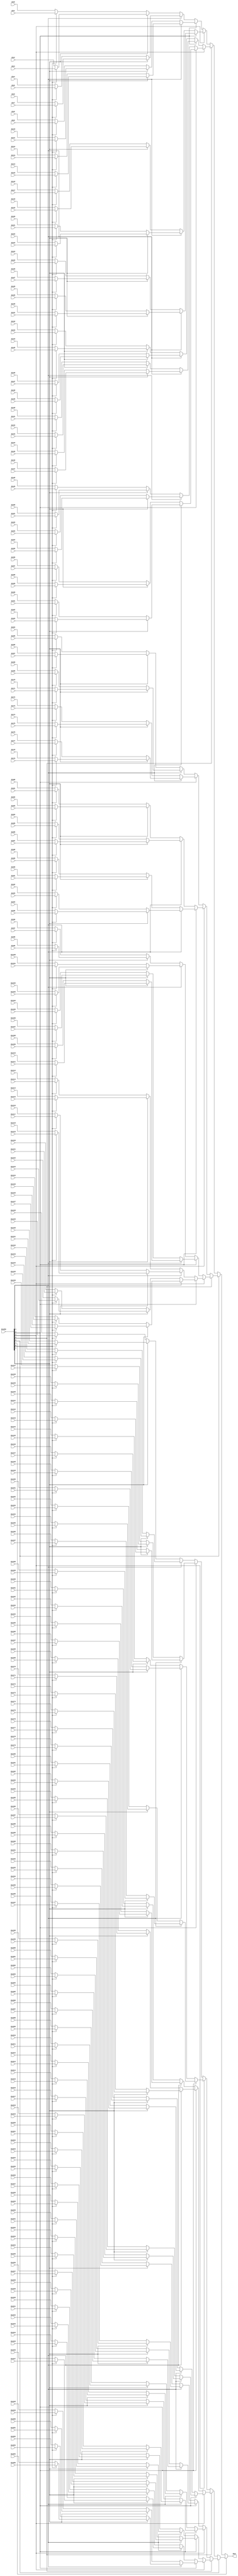
// ==============================================================
// File generated by Vivado(TM) HLS - High-Level Synthesis from C, C++ and SystemC
// Version: 2018.2
// Copyright (C) 1986-2018 Xilinx, Inc. All Rights Reserved.
// 
// ==============================================================


`timescale 1ns/1ps

module myproject_mux_2568_49_1_1 #(
parameter
    ID                = 0,
    NUM_STAGE         = 1,
    din0_WIDTH       = 32,
    din1_WIDTH       = 32,
    din2_WIDTH       = 32,
    din3_WIDTH       = 32,
    din4_WIDTH       = 32,
    din5_WIDTH       = 32,
    din6_WIDTH       = 32,
    din7_WIDTH       = 32,
    din8_WIDTH       = 32,
    din9_WIDTH       = 32,
    din10_WIDTH       = 32,
    din11_WIDTH       = 32,
    din12_WIDTH       = 32,
    din13_WIDTH       = 32,
    din14_WIDTH       = 32,
    din15_WIDTH       = 32,
    din16_WIDTH       = 32,
    din17_WIDTH       = 32,
    din18_WIDTH       = 32,
    din19_WIDTH       = 32,
    din20_WIDTH       = 32,
    din21_WIDTH       = 32,
    din22_WIDTH       = 32,
    din23_WIDTH       = 32,
    din24_WIDTH       = 32,
    din25_WIDTH       = 32,
    din26_WIDTH       = 32,
    din27_WIDTH       = 32,
    din28_WIDTH       = 32,
    din29_WIDTH       = 32,
    din30_WIDTH       = 32,
    din31_WIDTH       = 32,
    din32_WIDTH       = 32,
    din33_WIDTH       = 32,
    din34_WIDTH       = 32,
    din35_WIDTH       = 32,
    din36_WIDTH       = 32,
    din37_WIDTH       = 32,
    din38_WIDTH       = 32,
    din39_WIDTH       = 32,
    din40_WIDTH       = 32,
    din41_WIDTH       = 32,
    din42_WIDTH       = 32,
    din43_WIDTH       = 32,
    din44_WIDTH       = 32,
    din45_WIDTH       = 32,
    din46_WIDTH       = 32,
    din47_WIDTH       = 32,
    din48_WIDTH       = 32,
    din49_WIDTH       = 32,
    din50_WIDTH       = 32,
    din51_WIDTH       = 32,
    din52_WIDTH       = 32,
    din53_WIDTH       = 32,
    din54_WIDTH       = 32,
    din55_WIDTH       = 32,
    din56_WIDTH       = 32,
    din57_WIDTH       = 32,
    din58_WIDTH       = 32,
    din59_WIDTH       = 32,
    din60_WIDTH       = 32,
    din61_WIDTH       = 32,
    din62_WIDTH       = 32,
    din63_WIDTH       = 32,
    din64_WIDTH       = 32,
    din65_WIDTH       = 32,
    din66_WIDTH       = 32,
    din67_WIDTH       = 32,
    din68_WIDTH       = 32,
    din69_WIDTH       = 32,
    din70_WIDTH       = 32,
    din71_WIDTH       = 32,
    din72_WIDTH       = 32,
    din73_WIDTH       = 32,
    din74_WIDTH       = 32,
    din75_WIDTH       = 32,
    din76_WIDTH       = 32,
    din77_WIDTH       = 32,
    din78_WIDTH       = 32,
    din79_WIDTH       = 32,
    din80_WIDTH       = 32,
    din81_WIDTH       = 32,
    din82_WIDTH       = 32,
    din83_WIDTH       = 32,
    din84_WIDTH       = 32,
    din85_WIDTH       = 32,
    din86_WIDTH       = 32,
    din87_WIDTH       = 32,
    din88_WIDTH       = 32,
    din89_WIDTH       = 32,
    din90_WIDTH       = 32,
    din91_WIDTH       = 32,
    din92_WIDTH       = 32,
    din93_WIDTH       = 32,
    din94_WIDTH       = 32,
    din95_WIDTH       = 32,
    din96_WIDTH       = 32,
    din97_WIDTH       = 32,
    din98_WIDTH       = 32,
    din99_WIDTH       = 32,
    din100_WIDTH       = 32,
    din101_WIDTH       = 32,
    din102_WIDTH       = 32,
    din103_WIDTH       = 32,
    din104_WIDTH       = 32,
    din105_WIDTH       = 32,
    din106_WIDTH       = 32,
    din107_WIDTH       = 32,
    din108_WIDTH       = 32,
    din109_WIDTH       = 32,
    din110_WIDTH       = 32,
    din111_WIDTH       = 32,
    din112_WIDTH       = 32,
    din113_WIDTH       = 32,
    din114_WIDTH       = 32,
    din115_WIDTH       = 32,
    din116_WIDTH       = 32,
    din117_WIDTH       = 32,
    din118_WIDTH       = 32,
    din119_WIDTH       = 32,
    din120_WIDTH       = 32,
    din121_WIDTH       = 32,
    din122_WIDTH       = 32,
    din123_WIDTH       = 32,
    din124_WIDTH       = 32,
    din125_WIDTH       = 32,
    din126_WIDTH       = 32,
    din127_WIDTH       = 32,
    din128_WIDTH       = 32,
    din129_WIDTH       = 32,
    din130_WIDTH       = 32,
    din131_WIDTH       = 32,
    din132_WIDTH       = 32,
    din133_WIDTH       = 32,
    din134_WIDTH       = 32,
    din135_WIDTH       = 32,
    din136_WIDTH       = 32,
    din137_WIDTH       = 32,
    din138_WIDTH       = 32,
    din139_WIDTH       = 32,
    din140_WIDTH       = 32,
    din141_WIDTH       = 32,
    din142_WIDTH       = 32,
    din143_WIDTH       = 32,
    din144_WIDTH       = 32,
    din145_WIDTH       = 32,
    din146_WIDTH       = 32,
    din147_WIDTH       = 32,
    din148_WIDTH       = 32,
    din149_WIDTH       = 32,
    din150_WIDTH       = 32,
    din151_WIDTH       = 32,
    din152_WIDTH       = 32,
    din153_WIDTH       = 32,
    din154_WIDTH       = 32,
    din155_WIDTH       = 32,
    din156_WIDTH       = 32,
    din157_WIDTH       = 32,
    din158_WIDTH       = 32,
    din159_WIDTH       = 32,
    din160_WIDTH       = 32,
    din161_WIDTH       = 32,
    din162_WIDTH       = 32,
    din163_WIDTH       = 32,
    din164_WIDTH       = 32,
    din165_WIDTH       = 32,
    din166_WIDTH       = 32,
    din167_WIDTH       = 32,
    din168_WIDTH       = 32,
    din169_WIDTH       = 32,
    din170_WIDTH       = 32,
    din171_WIDTH       = 32,
    din172_WIDTH       = 32,
    din173_WIDTH       = 32,
    din174_WIDTH       = 32,
    din175_WIDTH       = 32,
    din176_WIDTH       = 32,
    din177_WIDTH       = 32,
    din178_WIDTH       = 32,
    din179_WIDTH       = 32,
    din180_WIDTH       = 32,
    din181_WIDTH       = 32,
    din182_WIDTH       = 32,
    din183_WIDTH       = 32,
    din184_WIDTH       = 32,
    din185_WIDTH       = 32,
    din186_WIDTH       = 32,
    din187_WIDTH       = 32,
    din188_WIDTH       = 32,
    din189_WIDTH       = 32,
    din190_WIDTH       = 32,
    din191_WIDTH       = 32,
    din192_WIDTH       = 32,
    din193_WIDTH       = 32,
    din194_WIDTH       = 32,
    din195_WIDTH       = 32,
    din196_WIDTH       = 32,
    din197_WIDTH       = 32,
    din198_WIDTH       = 32,
    din199_WIDTH       = 32,
    din200_WIDTH       = 32,
    din201_WIDTH       = 32,
    din202_WIDTH       = 32,
    din203_WIDTH       = 32,
    din204_WIDTH       = 32,
    din205_WIDTH       = 32,
    din206_WIDTH       = 32,
    din207_WIDTH       = 32,
    din208_WIDTH       = 32,
    din209_WIDTH       = 32,
    din210_WIDTH       = 32,
    din211_WIDTH       = 32,
    din212_WIDTH       = 32,
    din213_WIDTH       = 32,
    din214_WIDTH       = 32,
    din215_WIDTH       = 32,
    din216_WIDTH       = 32,
    din217_WIDTH       = 32,
    din218_WIDTH       = 32,
    din219_WIDTH       = 32,
    din220_WIDTH       = 32,
    din221_WIDTH       = 32,
    din222_WIDTH       = 32,
    din223_WIDTH       = 32,
    din224_WIDTH       = 32,
    din225_WIDTH       = 32,
    din226_WIDTH       = 32,
    din227_WIDTH       = 32,
    din228_WIDTH       = 32,
    din229_WIDTH       = 32,
    din230_WIDTH       = 32,
    din231_WIDTH       = 32,
    din232_WIDTH       = 32,
    din233_WIDTH       = 32,
    din234_WIDTH       = 32,
    din235_WIDTH       = 32,
    din236_WIDTH       = 32,
    din237_WIDTH       = 32,
    din238_WIDTH       = 32,
    din239_WIDTH       = 32,
    din240_WIDTH       = 32,
    din241_WIDTH       = 32,
    din242_WIDTH       = 32,
    din243_WIDTH       = 32,
    din244_WIDTH       = 32,
    din245_WIDTH       = 32,
    din246_WIDTH       = 32,
    din247_WIDTH       = 32,
    din248_WIDTH       = 32,
    din249_WIDTH       = 32,
    din250_WIDTH       = 32,
    din251_WIDTH       = 32,
    din252_WIDTH       = 32,
    din253_WIDTH       = 32,
    din254_WIDTH       = 32,
    din255_WIDTH       = 32,
    din256_WIDTH         = 32,
    dout_WIDTH            = 32
)(
    input  [48 : 0]     din0,
    input  [48 : 0]     din1,
    input  [48 : 0]     din2,
    input  [48 : 0]     din3,
    input  [48 : 0]     din4,
    input  [48 : 0]     din5,
    input  [48 : 0]     din6,
    input  [48 : 0]     din7,
    input  [48 : 0]     din8,
    input  [48 : 0]     din9,
    input  [48 : 0]     din10,
    input  [48 : 0]     din11,
    input  [48 : 0]     din12,
    input  [48 : 0]     din13,
    input  [48 : 0]     din14,
    input  [48 : 0]     din15,
    input  [48 : 0]     din16,
    input  [48 : 0]     din17,
    input  [48 : 0]     din18,
    input  [48 : 0]     din19,
    input  [48 : 0]     din20,
    input  [48 : 0]     din21,
    input  [48 : 0]     din22,
    input  [48 : 0]     din23,
    input  [48 : 0]     din24,
    input  [48 : 0]     din25,
    input  [48 : 0]     din26,
    input  [48 : 0]     din27,
    input  [48 : 0]     din28,
    input  [48 : 0]     din29,
    input  [48 : 0]     din30,
    input  [48 : 0]     din31,
    input  [48 : 0]     din32,
    input  [48 : 0]     din33,
    input  [48 : 0]     din34,
    input  [48 : 0]     din35,
    input  [48 : 0]     din36,
    input  [48 : 0]     din37,
    input  [48 : 0]     din38,
    input  [48 : 0]     din39,
    input  [48 : 0]     din40,
    input  [48 : 0]     din41,
    input  [48 : 0]     din42,
    input  [48 : 0]     din43,
    input  [48 : 0]     din44,
    input  [48 : 0]     din45,
    input  [48 : 0]     din46,
    input  [48 : 0]     din47,
    input  [48 : 0]     din48,
    input  [48 : 0]     din49,
    input  [48 : 0]     din50,
    input  [48 : 0]     din51,
    input  [48 : 0]     din52,
    input  [48 : 0]     din53,
    input  [48 : 0]     din54,
    input  [48 : 0]     din55,
    input  [48 : 0]     din56,
    input  [48 : 0]     din57,
    input  [48 : 0]     din58,
    input  [48 : 0]     din59,
    input  [48 : 0]     din60,
    input  [48 : 0]     din61,
    input  [48 : 0]     din62,
    input  [48 : 0]     din63,
    input  [48 : 0]     din64,
    input  [48 : 0]     din65,
    input  [48 : 0]     din66,
    input  [48 : 0]     din67,
    input  [48 : 0]     din68,
    input  [48 : 0]     din69,
    input  [48 : 0]     din70,
    input  [48 : 0]     din71,
    input  [48 : 0]     din72,
    input  [48 : 0]     din73,
    input  [48 : 0]     din74,
    input  [48 : 0]     din75,
    input  [48 : 0]     din76,
    input  [48 : 0]     din77,
    input  [48 : 0]     din78,
    input  [48 : 0]     din79,
    input  [48 : 0]     din80,
    input  [48 : 0]     din81,
    input  [48 : 0]     din82,
    input  [48 : 0]     din83,
    input  [48 : 0]     din84,
    input  [48 : 0]     din85,
    input  [48 : 0]     din86,
    input  [48 : 0]     din87,
    input  [48 : 0]     din88,
    input  [48 : 0]     din89,
    input  [48 : 0]     din90,
    input  [48 : 0]     din91,
    input  [48 : 0]     din92,
    input  [48 : 0]     din93,
    input  [48 : 0]     din94,
    input  [48 : 0]     din95,
    input  [48 : 0]     din96,
    input  [48 : 0]     din97,
    input  [48 : 0]     din98,
    input  [48 : 0]     din99,
    input  [48 : 0]     din100,
    input  [48 : 0]     din101,
    input  [48 : 0]     din102,
    input  [48 : 0]     din103,
    input  [48 : 0]     din104,
    input  [48 : 0]     din105,
    input  [48 : 0]     din106,
    input  [48 : 0]     din107,
    input  [48 : 0]     din108,
    input  [48 : 0]     din109,
    input  [48 : 0]     din110,
    input  [48 : 0]     din111,
    input  [48 : 0]     din112,
    input  [48 : 0]     din113,
    input  [48 : 0]     din114,
    input  [48 : 0]     din115,
    input  [48 : 0]     din116,
    input  [48 : 0]     din117,
    input  [48 : 0]     din118,
    input  [48 : 0]     din119,
    input  [48 : 0]     din120,
    input  [48 : 0]     din121,
    input  [48 : 0]     din122,
    input  [48 : 0]     din123,
    input  [48 : 0]     din124,
    input  [48 : 0]     din125,
    input  [48 : 0]     din126,
    input  [48 : 0]     din127,
    input  [48 : 0]     din128,
    input  [48 : 0]     din129,
    input  [48 : 0]     din130,
    input  [48 : 0]     din131,
    input  [48 : 0]     din132,
    input  [48 : 0]     din133,
    input  [48 : 0]     din134,
    input  [48 : 0]     din135,
    input  [48 : 0]     din136,
    input  [48 : 0]     din137,
    input  [48 : 0]     din138,
    input  [48 : 0]     din139,
    input  [48 : 0]     din140,
    input  [48 : 0]     din141,
    input  [48 : 0]     din142,
    input  [48 : 0]     din143,
    input  [48 : 0]     din144,
    input  [48 : 0]     din145,
    input  [48 : 0]     din146,
    input  [48 : 0]     din147,
    input  [48 : 0]     din148,
    input  [48 : 0]     din149,
    input  [48 : 0]     din150,
    input  [48 : 0]     din151,
    input  [48 : 0]     din152,
    input  [48 : 0]     din153,
    input  [48 : 0]     din154,
    input  [48 : 0]     din155,
    input  [48 : 0]     din156,
    input  [48 : 0]     din157,
    input  [48 : 0]     din158,
    input  [48 : 0]     din159,
    input  [48 : 0]     din160,
    input  [48 : 0]     din161,
    input  [48 : 0]     din162,
    input  [48 : 0]     din163,
    input  [48 : 0]     din164,
    input  [48 : 0]     din165,
    input  [48 : 0]     din166,
    input  [48 : 0]     din167,
    input  [48 : 0]     din168,
    input  [48 : 0]     din169,
    input  [48 : 0]     din170,
    input  [48 : 0]     din171,
    input  [48 : 0]     din172,
    input  [48 : 0]     din173,
    input  [48 : 0]     din174,
    input  [48 : 0]     din175,
    input  [48 : 0]     din176,
    input  [48 : 0]     din177,
    input  [48 : 0]     din178,
    input  [48 : 0]     din179,
    input  [48 : 0]     din180,
    input  [48 : 0]     din181,
    input  [48 : 0]     din182,
    input  [48 : 0]     din183,
    input  [48 : 0]     din184,
    input  [48 : 0]     din185,
    input  [48 : 0]     din186,
    input  [48 : 0]     din187,
    input  [48 : 0]     din188,
    input  [48 : 0]     din189,
    input  [48 : 0]     din190,
    input  [48 : 0]     din191,
    input  [48 : 0]     din192,
    input  [48 : 0]     din193,
    input  [48 : 0]     din194,
    input  [48 : 0]     din195,
    input  [48 : 0]     din196,
    input  [48 : 0]     din197,
    input  [48 : 0]     din198,
    input  [48 : 0]     din199,
    input  [48 : 0]     din200,
    input  [48 : 0]     din201,
    input  [48 : 0]     din202,
    input  [48 : 0]     din203,
    input  [48 : 0]     din204,
    input  [48 : 0]     din205,
    input  [48 : 0]     din206,
    input  [48 : 0]     din207,
    input  [48 : 0]     din208,
    input  [48 : 0]     din209,
    input  [48 : 0]     din210,
    input  [48 : 0]     din211,
    input  [48 : 0]     din212,
    input  [48 : 0]     din213,
    input  [48 : 0]     din214,
    input  [48 : 0]     din215,
    input  [48 : 0]     din216,
    input  [48 : 0]     din217,
    input  [48 : 0]     din218,
    input  [48 : 0]     din219,
    input  [48 : 0]     din220,
    input  [48 : 0]     din221,
    input  [48 : 0]     din222,
    input  [48 : 0]     din223,
    input  [48 : 0]     din224,
    input  [48 : 0]     din225,
    input  [48 : 0]     din226,
    input  [48 : 0]     din227,
    input  [48 : 0]     din228,
    input  [48 : 0]     din229,
    input  [48 : 0]     din230,
    input  [48 : 0]     din231,
    input  [48 : 0]     din232,
    input  [48 : 0]     din233,
    input  [48 : 0]     din234,
    input  [48 : 0]     din235,
    input  [48 : 0]     din236,
    input  [48 : 0]     din237,
    input  [48 : 0]     din238,
    input  [48 : 0]     din239,
    input  [48 : 0]     din240,
    input  [48 : 0]     din241,
    input  [48 : 0]     din242,
    input  [48 : 0]     din243,
    input  [48 : 0]     din244,
    input  [48 : 0]     din245,
    input  [48 : 0]     din246,
    input  [48 : 0]     din247,
    input  [48 : 0]     din248,
    input  [48 : 0]     din249,
    input  [48 : 0]     din250,
    input  [48 : 0]     din251,
    input  [48 : 0]     din252,
    input  [48 : 0]     din253,
    input  [48 : 0]     din254,
    input  [48 : 0]     din255,
    input  [7 : 0]    din256,
    output [48 : 0]   dout);

// puts internal signals
wire [7 : 0]     sel;
// level 1 signals
wire [48 : 0]         mux_1_0;
wire [48 : 0]         mux_1_1;
wire [48 : 0]         mux_1_2;
wire [48 : 0]         mux_1_3;
wire [48 : 0]         mux_1_4;
wire [48 : 0]         mux_1_5;
wire [48 : 0]         mux_1_6;
wire [48 : 0]         mux_1_7;
wire [48 : 0]         mux_1_8;
wire [48 : 0]         mux_1_9;
wire [48 : 0]         mux_1_10;
wire [48 : 0]         mux_1_11;
wire [48 : 0]         mux_1_12;
wire [48 : 0]         mux_1_13;
wire [48 : 0]         mux_1_14;
wire [48 : 0]         mux_1_15;
wire [48 : 0]         mux_1_16;
wire [48 : 0]         mux_1_17;
wire [48 : 0]         mux_1_18;
wire [48 : 0]         mux_1_19;
wire [48 : 0]         mux_1_20;
wire [48 : 0]         mux_1_21;
wire [48 : 0]         mux_1_22;
wire [48 : 0]         mux_1_23;
wire [48 : 0]         mux_1_24;
wire [48 : 0]         mux_1_25;
wire [48 : 0]         mux_1_26;
wire [48 : 0]         mux_1_27;
wire [48 : 0]         mux_1_28;
wire [48 : 0]         mux_1_29;
wire [48 : 0]         mux_1_30;
wire [48 : 0]         mux_1_31;
wire [48 : 0]         mux_1_32;
wire [48 : 0]         mux_1_33;
wire [48 : 0]         mux_1_34;
wire [48 : 0]         mux_1_35;
wire [48 : 0]         mux_1_36;
wire [48 : 0]         mux_1_37;
wire [48 : 0]         mux_1_38;
wire [48 : 0]         mux_1_39;
wire [48 : 0]         mux_1_40;
wire [48 : 0]         mux_1_41;
wire [48 : 0]         mux_1_42;
wire [48 : 0]         mux_1_43;
wire [48 : 0]         mux_1_44;
wire [48 : 0]         mux_1_45;
wire [48 : 0]         mux_1_46;
wire [48 : 0]         mux_1_47;
wire [48 : 0]         mux_1_48;
wire [48 : 0]         mux_1_49;
wire [48 : 0]         mux_1_50;
wire [48 : 0]         mux_1_51;
wire [48 : 0]         mux_1_52;
wire [48 : 0]         mux_1_53;
wire [48 : 0]         mux_1_54;
wire [48 : 0]         mux_1_55;
wire [48 : 0]         mux_1_56;
wire [48 : 0]         mux_1_57;
wire [48 : 0]         mux_1_58;
wire [48 : 0]         mux_1_59;
wire [48 : 0]         mux_1_60;
wire [48 : 0]         mux_1_61;
wire [48 : 0]         mux_1_62;
wire [48 : 0]         mux_1_63;
wire [48 : 0]         mux_1_64;
wire [48 : 0]         mux_1_65;
wire [48 : 0]         mux_1_66;
wire [48 : 0]         mux_1_67;
wire [48 : 0]         mux_1_68;
wire [48 : 0]         mux_1_69;
wire [48 : 0]         mux_1_70;
wire [48 : 0]         mux_1_71;
wire [48 : 0]         mux_1_72;
wire [48 : 0]         mux_1_73;
wire [48 : 0]         mux_1_74;
wire [48 : 0]         mux_1_75;
wire [48 : 0]         mux_1_76;
wire [48 : 0]         mux_1_77;
wire [48 : 0]         mux_1_78;
wire [48 : 0]         mux_1_79;
wire [48 : 0]         mux_1_80;
wire [48 : 0]         mux_1_81;
wire [48 : 0]         mux_1_82;
wire [48 : 0]         mux_1_83;
wire [48 : 0]         mux_1_84;
wire [48 : 0]         mux_1_85;
wire [48 : 0]         mux_1_86;
wire [48 : 0]         mux_1_87;
wire [48 : 0]         mux_1_88;
wire [48 : 0]         mux_1_89;
wire [48 : 0]         mux_1_90;
wire [48 : 0]         mux_1_91;
wire [48 : 0]         mux_1_92;
wire [48 : 0]         mux_1_93;
wire [48 : 0]         mux_1_94;
wire [48 : 0]         mux_1_95;
wire [48 : 0]         mux_1_96;
wire [48 : 0]         mux_1_97;
wire [48 : 0]         mux_1_98;
wire [48 : 0]         mux_1_99;
wire [48 : 0]         mux_1_100;
wire [48 : 0]         mux_1_101;
wire [48 : 0]         mux_1_102;
wire [48 : 0]         mux_1_103;
wire [48 : 0]         mux_1_104;
wire [48 : 0]         mux_1_105;
wire [48 : 0]         mux_1_106;
wire [48 : 0]         mux_1_107;
wire [48 : 0]         mux_1_108;
wire [48 : 0]         mux_1_109;
wire [48 : 0]         mux_1_110;
wire [48 : 0]         mux_1_111;
wire [48 : 0]         mux_1_112;
wire [48 : 0]         mux_1_113;
wire [48 : 0]         mux_1_114;
wire [48 : 0]         mux_1_115;
wire [48 : 0]         mux_1_116;
wire [48 : 0]         mux_1_117;
wire [48 : 0]         mux_1_118;
wire [48 : 0]         mux_1_119;
wire [48 : 0]         mux_1_120;
wire [48 : 0]         mux_1_121;
wire [48 : 0]         mux_1_122;
wire [48 : 0]         mux_1_123;
wire [48 : 0]         mux_1_124;
wire [48 : 0]         mux_1_125;
wire [48 : 0]         mux_1_126;
wire [48 : 0]         mux_1_127;
// level 2 signals
wire [48 : 0]         mux_2_0;
wire [48 : 0]         mux_2_1;
wire [48 : 0]         mux_2_2;
wire [48 : 0]         mux_2_3;
wire [48 : 0]         mux_2_4;
wire [48 : 0]         mux_2_5;
wire [48 : 0]         mux_2_6;
wire [48 : 0]         mux_2_7;
wire [48 : 0]         mux_2_8;
wire [48 : 0]         mux_2_9;
wire [48 : 0]         mux_2_10;
wire [48 : 0]         mux_2_11;
wire [48 : 0]         mux_2_12;
wire [48 : 0]         mux_2_13;
wire [48 : 0]         mux_2_14;
wire [48 : 0]         mux_2_15;
wire [48 : 0]         mux_2_16;
wire [48 : 0]         mux_2_17;
wire [48 : 0]         mux_2_18;
wire [48 : 0]         mux_2_19;
wire [48 : 0]         mux_2_20;
wire [48 : 0]         mux_2_21;
wire [48 : 0]         mux_2_22;
wire [48 : 0]         mux_2_23;
wire [48 : 0]         mux_2_24;
wire [48 : 0]         mux_2_25;
wire [48 : 0]         mux_2_26;
wire [48 : 0]         mux_2_27;
wire [48 : 0]         mux_2_28;
wire [48 : 0]         mux_2_29;
wire [48 : 0]         mux_2_30;
wire [48 : 0]         mux_2_31;
wire [48 : 0]         mux_2_32;
wire [48 : 0]         mux_2_33;
wire [48 : 0]         mux_2_34;
wire [48 : 0]         mux_2_35;
wire [48 : 0]         mux_2_36;
wire [48 : 0]         mux_2_37;
wire [48 : 0]         mux_2_38;
wire [48 : 0]         mux_2_39;
wire [48 : 0]         mux_2_40;
wire [48 : 0]         mux_2_41;
wire [48 : 0]         mux_2_42;
wire [48 : 0]         mux_2_43;
wire [48 : 0]         mux_2_44;
wire [48 : 0]         mux_2_45;
wire [48 : 0]         mux_2_46;
wire [48 : 0]         mux_2_47;
wire [48 : 0]         mux_2_48;
wire [48 : 0]         mux_2_49;
wire [48 : 0]         mux_2_50;
wire [48 : 0]         mux_2_51;
wire [48 : 0]         mux_2_52;
wire [48 : 0]         mux_2_53;
wire [48 : 0]         mux_2_54;
wire [48 : 0]         mux_2_55;
wire [48 : 0]         mux_2_56;
wire [48 : 0]         mux_2_57;
wire [48 : 0]         mux_2_58;
wire [48 : 0]         mux_2_59;
wire [48 : 0]         mux_2_60;
wire [48 : 0]         mux_2_61;
wire [48 : 0]         mux_2_62;
wire [48 : 0]         mux_2_63;
// level 3 signals
wire [48 : 0]         mux_3_0;
wire [48 : 0]         mux_3_1;
wire [48 : 0]         mux_3_2;
wire [48 : 0]         mux_3_3;
wire [48 : 0]         mux_3_4;
wire [48 : 0]         mux_3_5;
wire [48 : 0]         mux_3_6;
wire [48 : 0]         mux_3_7;
wire [48 : 0]         mux_3_8;
wire [48 : 0]         mux_3_9;
wire [48 : 0]         mux_3_10;
wire [48 : 0]         mux_3_11;
wire [48 : 0]         mux_3_12;
wire [48 : 0]         mux_3_13;
wire [48 : 0]         mux_3_14;
wire [48 : 0]         mux_3_15;
wire [48 : 0]         mux_3_16;
wire [48 : 0]         mux_3_17;
wire [48 : 0]         mux_3_18;
wire [48 : 0]         mux_3_19;
wire [48 : 0]         mux_3_20;
wire [48 : 0]         mux_3_21;
wire [48 : 0]         mux_3_22;
wire [48 : 0]         mux_3_23;
wire [48 : 0]         mux_3_24;
wire [48 : 0]         mux_3_25;
wire [48 : 0]         mux_3_26;
wire [48 : 0]         mux_3_27;
wire [48 : 0]         mux_3_28;
wire [48 : 0]         mux_3_29;
wire [48 : 0]         mux_3_30;
wire [48 : 0]         mux_3_31;
// level 4 signals
wire [48 : 0]         mux_4_0;
wire [48 : 0]         mux_4_1;
wire [48 : 0]         mux_4_2;
wire [48 : 0]         mux_4_3;
wire [48 : 0]         mux_4_4;
wire [48 : 0]         mux_4_5;
wire [48 : 0]         mux_4_6;
wire [48 : 0]         mux_4_7;
wire [48 : 0]         mux_4_8;
wire [48 : 0]         mux_4_9;
wire [48 : 0]         mux_4_10;
wire [48 : 0]         mux_4_11;
wire [48 : 0]         mux_4_12;
wire [48 : 0]         mux_4_13;
wire [48 : 0]         mux_4_14;
wire [48 : 0]         mux_4_15;
// level 5 signals
wire [48 : 0]         mux_5_0;
wire [48 : 0]         mux_5_1;
wire [48 : 0]         mux_5_2;
wire [48 : 0]         mux_5_3;
wire [48 : 0]         mux_5_4;
wire [48 : 0]         mux_5_5;
wire [48 : 0]         mux_5_6;
wire [48 : 0]         mux_5_7;
// level 6 signals
wire [48 : 0]         mux_6_0;
wire [48 : 0]         mux_6_1;
wire [48 : 0]         mux_6_2;
wire [48 : 0]         mux_6_3;
// level 7 signals
wire [48 : 0]         mux_7_0;
wire [48 : 0]         mux_7_1;
// level 8 signals
wire [48 : 0]         mux_8_0;

assign sel = din256;

// Generate level 1 logic
assign mux_1_0 = (sel[0] == 0)? din0 : din1;
assign mux_1_1 = (sel[0] == 0)? din2 : din3;
assign mux_1_2 = (sel[0] == 0)? din4 : din5;
assign mux_1_3 = (sel[0] == 0)? din6 : din7;
assign mux_1_4 = (sel[0] == 0)? din8 : din9;
assign mux_1_5 = (sel[0] == 0)? din10 : din11;
assign mux_1_6 = (sel[0] == 0)? din12 : din13;
assign mux_1_7 = (sel[0] == 0)? din14 : din15;
assign mux_1_8 = (sel[0] == 0)? din16 : din17;
assign mux_1_9 = (sel[0] == 0)? din18 : din19;
assign mux_1_10 = (sel[0] == 0)? din20 : din21;
assign mux_1_11 = (sel[0] == 0)? din22 : din23;
assign mux_1_12 = (sel[0] == 0)? din24 : din25;
assign mux_1_13 = (sel[0] == 0)? din26 : din27;
assign mux_1_14 = (sel[0] == 0)? din28 : din29;
assign mux_1_15 = (sel[0] == 0)? din30 : din31;
assign mux_1_16 = (sel[0] == 0)? din32 : din33;
assign mux_1_17 = (sel[0] == 0)? din34 : din35;
assign mux_1_18 = (sel[0] == 0)? din36 : din37;
assign mux_1_19 = (sel[0] == 0)? din38 : din39;
assign mux_1_20 = (sel[0] == 0)? din40 : din41;
assign mux_1_21 = (sel[0] == 0)? din42 : din43;
assign mux_1_22 = (sel[0] == 0)? din44 : din45;
assign mux_1_23 = (sel[0] == 0)? din46 : din47;
assign mux_1_24 = (sel[0] == 0)? din48 : din49;
assign mux_1_25 = (sel[0] == 0)? din50 : din51;
assign mux_1_26 = (sel[0] == 0)? din52 : din53;
assign mux_1_27 = (sel[0] == 0)? din54 : din55;
assign mux_1_28 = (sel[0] == 0)? din56 : din57;
assign mux_1_29 = (sel[0] == 0)? din58 : din59;
assign mux_1_30 = (sel[0] == 0)? din60 : din61;
assign mux_1_31 = (sel[0] == 0)? din62 : din63;
assign mux_1_32 = (sel[0] == 0)? din64 : din65;
assign mux_1_33 = (sel[0] == 0)? din66 : din67;
assign mux_1_34 = (sel[0] == 0)? din68 : din69;
assign mux_1_35 = (sel[0] == 0)? din70 : din71;
assign mux_1_36 = (sel[0] == 0)? din72 : din73;
assign mux_1_37 = (sel[0] == 0)? din74 : din75;
assign mux_1_38 = (sel[0] == 0)? din76 : din77;
assign mux_1_39 = (sel[0] == 0)? din78 : din79;
assign mux_1_40 = (sel[0] == 0)? din80 : din81;
assign mux_1_41 = (sel[0] == 0)? din82 : din83;
assign mux_1_42 = (sel[0] == 0)? din84 : din85;
assign mux_1_43 = (sel[0] == 0)? din86 : din87;
assign mux_1_44 = (sel[0] == 0)? din88 : din89;
assign mux_1_45 = (sel[0] == 0)? din90 : din91;
assign mux_1_46 = (sel[0] == 0)? din92 : din93;
assign mux_1_47 = (sel[0] == 0)? din94 : din95;
assign mux_1_48 = (sel[0] == 0)? din96 : din97;
assign mux_1_49 = (sel[0] == 0)? din98 : din99;
assign mux_1_50 = (sel[0] == 0)? din100 : din101;
assign mux_1_51 = (sel[0] == 0)? din102 : din103;
assign mux_1_52 = (sel[0] == 0)? din104 : din105;
assign mux_1_53 = (sel[0] == 0)? din106 : din107;
assign mux_1_54 = (sel[0] == 0)? din108 : din109;
assign mux_1_55 = (sel[0] == 0)? din110 : din111;
assign mux_1_56 = (sel[0] == 0)? din112 : din113;
assign mux_1_57 = (sel[0] == 0)? din114 : din115;
assign mux_1_58 = (sel[0] == 0)? din116 : din117;
assign mux_1_59 = (sel[0] == 0)? din118 : din119;
assign mux_1_60 = (sel[0] == 0)? din120 : din121;
assign mux_1_61 = (sel[0] == 0)? din122 : din123;
assign mux_1_62 = (sel[0] == 0)? din124 : din125;
assign mux_1_63 = (sel[0] == 0)? din126 : din127;
assign mux_1_64 = (sel[0] == 0)? din128 : din129;
assign mux_1_65 = (sel[0] == 0)? din130 : din131;
assign mux_1_66 = (sel[0] == 0)? din132 : din133;
assign mux_1_67 = (sel[0] == 0)? din134 : din135;
assign mux_1_68 = (sel[0] == 0)? din136 : din137;
assign mux_1_69 = (sel[0] == 0)? din138 : din139;
assign mux_1_70 = (sel[0] == 0)? din140 : din141;
assign mux_1_71 = (sel[0] == 0)? din142 : din143;
assign mux_1_72 = (sel[0] == 0)? din144 : din145;
assign mux_1_73 = (sel[0] == 0)? din146 : din147;
assign mux_1_74 = (sel[0] == 0)? din148 : din149;
assign mux_1_75 = (sel[0] == 0)? din150 : din151;
assign mux_1_76 = (sel[0] == 0)? din152 : din153;
assign mux_1_77 = (sel[0] == 0)? din154 : din155;
assign mux_1_78 = (sel[0] == 0)? din156 : din157;
assign mux_1_79 = (sel[0] == 0)? din158 : din159;
assign mux_1_80 = (sel[0] == 0)? din160 : din161;
assign mux_1_81 = (sel[0] == 0)? din162 : din163;
assign mux_1_82 = (sel[0] == 0)? din164 : din165;
assign mux_1_83 = (sel[0] == 0)? din166 : din167;
assign mux_1_84 = (sel[0] == 0)? din168 : din169;
assign mux_1_85 = (sel[0] == 0)? din170 : din171;
assign mux_1_86 = (sel[0] == 0)? din172 : din173;
assign mux_1_87 = (sel[0] == 0)? din174 : din175;
assign mux_1_88 = (sel[0] == 0)? din176 : din177;
assign mux_1_89 = (sel[0] == 0)? din178 : din179;
assign mux_1_90 = (sel[0] == 0)? din180 : din181;
assign mux_1_91 = (sel[0] == 0)? din182 : din183;
assign mux_1_92 = (sel[0] == 0)? din184 : din185;
assign mux_1_93 = (sel[0] == 0)? din186 : din187;
assign mux_1_94 = (sel[0] == 0)? din188 : din189;
assign mux_1_95 = (sel[0] == 0)? din190 : din191;
assign mux_1_96 = (sel[0] == 0)? din192 : din193;
assign mux_1_97 = (sel[0] == 0)? din194 : din195;
assign mux_1_98 = (sel[0] == 0)? din196 : din197;
assign mux_1_99 = (sel[0] == 0)? din198 : din199;
assign mux_1_100 = (sel[0] == 0)? din200 : din201;
assign mux_1_101 = (sel[0] == 0)? din202 : din203;
assign mux_1_102 = (sel[0] == 0)? din204 : din205;
assign mux_1_103 = (sel[0] == 0)? din206 : din207;
assign mux_1_104 = (sel[0] == 0)? din208 : din209;
assign mux_1_105 = (sel[0] == 0)? din210 : din211;
assign mux_1_106 = (sel[0] == 0)? din212 : din213;
assign mux_1_107 = (sel[0] == 0)? din214 : din215;
assign mux_1_108 = (sel[0] == 0)? din216 : din217;
assign mux_1_109 = (sel[0] == 0)? din218 : din219;
assign mux_1_110 = (sel[0] == 0)? din220 : din221;
assign mux_1_111 = (sel[0] == 0)? din222 : din223;
assign mux_1_112 = (sel[0] == 0)? din224 : din225;
assign mux_1_113 = (sel[0] == 0)? din226 : din227;
assign mux_1_114 = (sel[0] == 0)? din228 : din229;
assign mux_1_115 = (sel[0] == 0)? din230 : din231;
assign mux_1_116 = (sel[0] == 0)? din232 : din233;
assign mux_1_117 = (sel[0] == 0)? din234 : din235;
assign mux_1_118 = (sel[0] == 0)? din236 : din237;
assign mux_1_119 = (sel[0] == 0)? din238 : din239;
assign mux_1_120 = (sel[0] == 0)? din240 : din241;
assign mux_1_121 = (sel[0] == 0)? din242 : din243;
assign mux_1_122 = (sel[0] == 0)? din244 : din245;
assign mux_1_123 = (sel[0] == 0)? din246 : din247;
assign mux_1_124 = (sel[0] == 0)? din248 : din249;
assign mux_1_125 = (sel[0] == 0)? din250 : din251;
assign mux_1_126 = (sel[0] == 0)? din252 : din253;
assign mux_1_127 = (sel[0] == 0)? din254 : din255;

// Generate level 2 logic
assign mux_2_0 = (sel[1] == 0)? mux_1_0 : mux_1_1;
assign mux_2_1 = (sel[1] == 0)? mux_1_2 : mux_1_3;
assign mux_2_2 = (sel[1] == 0)? mux_1_4 : mux_1_5;
assign mux_2_3 = (sel[1] == 0)? mux_1_6 : mux_1_7;
assign mux_2_4 = (sel[1] == 0)? mux_1_8 : mux_1_9;
assign mux_2_5 = (sel[1] == 0)? mux_1_10 : mux_1_11;
assign mux_2_6 = (sel[1] == 0)? mux_1_12 : mux_1_13;
assign mux_2_7 = (sel[1] == 0)? mux_1_14 : mux_1_15;
assign mux_2_8 = (sel[1] == 0)? mux_1_16 : mux_1_17;
assign mux_2_9 = (sel[1] == 0)? mux_1_18 : mux_1_19;
assign mux_2_10 = (sel[1] == 0)? mux_1_20 : mux_1_21;
assign mux_2_11 = (sel[1] == 0)? mux_1_22 : mux_1_23;
assign mux_2_12 = (sel[1] == 0)? mux_1_24 : mux_1_25;
assign mux_2_13 = (sel[1] == 0)? mux_1_26 : mux_1_27;
assign mux_2_14 = (sel[1] == 0)? mux_1_28 : mux_1_29;
assign mux_2_15 = (sel[1] == 0)? mux_1_30 : mux_1_31;
assign mux_2_16 = (sel[1] == 0)? mux_1_32 : mux_1_33;
assign mux_2_17 = (sel[1] == 0)? mux_1_34 : mux_1_35;
assign mux_2_18 = (sel[1] == 0)? mux_1_36 : mux_1_37;
assign mux_2_19 = (sel[1] == 0)? mux_1_38 : mux_1_39;
assign mux_2_20 = (sel[1] == 0)? mux_1_40 : mux_1_41;
assign mux_2_21 = (sel[1] == 0)? mux_1_42 : mux_1_43;
assign mux_2_22 = (sel[1] == 0)? mux_1_44 : mux_1_45;
assign mux_2_23 = (sel[1] == 0)? mux_1_46 : mux_1_47;
assign mux_2_24 = (sel[1] == 0)? mux_1_48 : mux_1_49;
assign mux_2_25 = (sel[1] == 0)? mux_1_50 : mux_1_51;
assign mux_2_26 = (sel[1] == 0)? mux_1_52 : mux_1_53;
assign mux_2_27 = (sel[1] == 0)? mux_1_54 : mux_1_55;
assign mux_2_28 = (sel[1] == 0)? mux_1_56 : mux_1_57;
assign mux_2_29 = (sel[1] == 0)? mux_1_58 : mux_1_59;
assign mux_2_30 = (sel[1] == 0)? mux_1_60 : mux_1_61;
assign mux_2_31 = (sel[1] == 0)? mux_1_62 : mux_1_63;
assign mux_2_32 = (sel[1] == 0)? mux_1_64 : mux_1_65;
assign mux_2_33 = (sel[1] == 0)? mux_1_66 : mux_1_67;
assign mux_2_34 = (sel[1] == 0)? mux_1_68 : mux_1_69;
assign mux_2_35 = (sel[1] == 0)? mux_1_70 : mux_1_71;
assign mux_2_36 = (sel[1] == 0)? mux_1_72 : mux_1_73;
assign mux_2_37 = (sel[1] == 0)? mux_1_74 : mux_1_75;
assign mux_2_38 = (sel[1] == 0)? mux_1_76 : mux_1_77;
assign mux_2_39 = (sel[1] == 0)? mux_1_78 : mux_1_79;
assign mux_2_40 = (sel[1] == 0)? mux_1_80 : mux_1_81;
assign mux_2_41 = (sel[1] == 0)? mux_1_82 : mux_1_83;
assign mux_2_42 = (sel[1] == 0)? mux_1_84 : mux_1_85;
assign mux_2_43 = (sel[1] == 0)? mux_1_86 : mux_1_87;
assign mux_2_44 = (sel[1] == 0)? mux_1_88 : mux_1_89;
assign mux_2_45 = (sel[1] == 0)? mux_1_90 : mux_1_91;
assign mux_2_46 = (sel[1] == 0)? mux_1_92 : mux_1_93;
assign mux_2_47 = (sel[1] == 0)? mux_1_94 : mux_1_95;
assign mux_2_48 = (sel[1] == 0)? mux_1_96 : mux_1_97;
assign mux_2_49 = (sel[1] == 0)? mux_1_98 : mux_1_99;
assign mux_2_50 = (sel[1] == 0)? mux_1_100 : mux_1_101;
assign mux_2_51 = (sel[1] == 0)? mux_1_102 : mux_1_103;
assign mux_2_52 = (sel[1] == 0)? mux_1_104 : mux_1_105;
assign mux_2_53 = (sel[1] == 0)? mux_1_106 : mux_1_107;
assign mux_2_54 = (sel[1] == 0)? mux_1_108 : mux_1_109;
assign mux_2_55 = (sel[1] == 0)? mux_1_110 : mux_1_111;
assign mux_2_56 = (sel[1] == 0)? mux_1_112 : mux_1_113;
assign mux_2_57 = (sel[1] == 0)? mux_1_114 : mux_1_115;
assign mux_2_58 = (sel[1] == 0)? mux_1_116 : mux_1_117;
assign mux_2_59 = (sel[1] == 0)? mux_1_118 : mux_1_119;
assign mux_2_60 = (sel[1] == 0)? mux_1_120 : mux_1_121;
assign mux_2_61 = (sel[1] == 0)? mux_1_122 : mux_1_123;
assign mux_2_62 = (sel[1] == 0)? mux_1_124 : mux_1_125;
assign mux_2_63 = (sel[1] == 0)? mux_1_126 : mux_1_127;

// Generate level 3 logic
assign mux_3_0 = (sel[2] == 0)? mux_2_0 : mux_2_1;
assign mux_3_1 = (sel[2] == 0)? mux_2_2 : mux_2_3;
assign mux_3_2 = (sel[2] == 0)? mux_2_4 : mux_2_5;
assign mux_3_3 = (sel[2] == 0)? mux_2_6 : mux_2_7;
assign mux_3_4 = (sel[2] == 0)? mux_2_8 : mux_2_9;
assign mux_3_5 = (sel[2] == 0)? mux_2_10 : mux_2_11;
assign mux_3_6 = (sel[2] == 0)? mux_2_12 : mux_2_13;
assign mux_3_7 = (sel[2] == 0)? mux_2_14 : mux_2_15;
assign mux_3_8 = (sel[2] == 0)? mux_2_16 : mux_2_17;
assign mux_3_9 = (sel[2] == 0)? mux_2_18 : mux_2_19;
assign mux_3_10 = (sel[2] == 0)? mux_2_20 : mux_2_21;
assign mux_3_11 = (sel[2] == 0)? mux_2_22 : mux_2_23;
assign mux_3_12 = (sel[2] == 0)? mux_2_24 : mux_2_25;
assign mux_3_13 = (sel[2] == 0)? mux_2_26 : mux_2_27;
assign mux_3_14 = (sel[2] == 0)? mux_2_28 : mux_2_29;
assign mux_3_15 = (sel[2] == 0)? mux_2_30 : mux_2_31;
assign mux_3_16 = (sel[2] == 0)? mux_2_32 : mux_2_33;
assign mux_3_17 = (sel[2] == 0)? mux_2_34 : mux_2_35;
assign mux_3_18 = (sel[2] == 0)? mux_2_36 : mux_2_37;
assign mux_3_19 = (sel[2] == 0)? mux_2_38 : mux_2_39;
assign mux_3_20 = (sel[2] == 0)? mux_2_40 : mux_2_41;
assign mux_3_21 = (sel[2] == 0)? mux_2_42 : mux_2_43;
assign mux_3_22 = (sel[2] == 0)? mux_2_44 : mux_2_45;
assign mux_3_23 = (sel[2] == 0)? mux_2_46 : mux_2_47;
assign mux_3_24 = (sel[2] == 0)? mux_2_48 : mux_2_49;
assign mux_3_25 = (sel[2] == 0)? mux_2_50 : mux_2_51;
assign mux_3_26 = (sel[2] == 0)? mux_2_52 : mux_2_53;
assign mux_3_27 = (sel[2] == 0)? mux_2_54 : mux_2_55;
assign mux_3_28 = (sel[2] == 0)? mux_2_56 : mux_2_57;
assign mux_3_29 = (sel[2] == 0)? mux_2_58 : mux_2_59;
assign mux_3_30 = (sel[2] == 0)? mux_2_60 : mux_2_61;
assign mux_3_31 = (sel[2] == 0)? mux_2_62 : mux_2_63;

// Generate level 4 logic
assign mux_4_0 = (sel[3] == 0)? mux_3_0 : mux_3_1;
assign mux_4_1 = (sel[3] == 0)? mux_3_2 : mux_3_3;
assign mux_4_2 = (sel[3] == 0)? mux_3_4 : mux_3_5;
assign mux_4_3 = (sel[3] == 0)? mux_3_6 : mux_3_7;
assign mux_4_4 = (sel[3] == 0)? mux_3_8 : mux_3_9;
assign mux_4_5 = (sel[3] == 0)? mux_3_10 : mux_3_11;
assign mux_4_6 = (sel[3] == 0)? mux_3_12 : mux_3_13;
assign mux_4_7 = (sel[3] == 0)? mux_3_14 : mux_3_15;
assign mux_4_8 = (sel[3] == 0)? mux_3_16 : mux_3_17;
assign mux_4_9 = (sel[3] == 0)? mux_3_18 : mux_3_19;
assign mux_4_10 = (sel[3] == 0)? mux_3_20 : mux_3_21;
assign mux_4_11 = (sel[3] == 0)? mux_3_22 : mux_3_23;
assign mux_4_12 = (sel[3] == 0)? mux_3_24 : mux_3_25;
assign mux_4_13 = (sel[3] == 0)? mux_3_26 : mux_3_27;
assign mux_4_14 = (sel[3] == 0)? mux_3_28 : mux_3_29;
assign mux_4_15 = (sel[3] == 0)? mux_3_30 : mux_3_31;

// Generate level 5 logic
assign mux_5_0 = (sel[4] == 0)? mux_4_0 : mux_4_1;
assign mux_5_1 = (sel[4] == 0)? mux_4_2 : mux_4_3;
assign mux_5_2 = (sel[4] == 0)? mux_4_4 : mux_4_5;
assign mux_5_3 = (sel[4] == 0)? mux_4_6 : mux_4_7;
assign mux_5_4 = (sel[4] == 0)? mux_4_8 : mux_4_9;
assign mux_5_5 = (sel[4] == 0)? mux_4_10 : mux_4_11;
assign mux_5_6 = (sel[4] == 0)? mux_4_12 : mux_4_13;
assign mux_5_7 = (sel[4] == 0)? mux_4_14 : mux_4_15;

// Generate level 6 logic
assign mux_6_0 = (sel[5] == 0)? mux_5_0 : mux_5_1;
assign mux_6_1 = (sel[5] == 0)? mux_5_2 : mux_5_3;
assign mux_6_2 = (sel[5] == 0)? mux_5_4 : mux_5_5;
assign mux_6_3 = (sel[5] == 0)? mux_5_6 : mux_5_7;

// Generate level 7 logic
assign mux_7_0 = (sel[6] == 0)? mux_6_0 : mux_6_1;
assign mux_7_1 = (sel[6] == 0)? mux_6_2 : mux_6_3;

// Generate level 8 logic
assign mux_8_0 = (sel[7] == 0)? mux_7_0 : mux_7_1;

// output logic
assign dout = mux_8_0;

endmodule